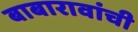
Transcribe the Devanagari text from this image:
बाबारावांची